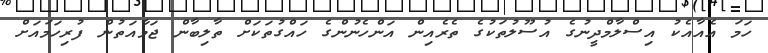
ހަމަ އެއާއެކު އިސްލާމްދީނުގެ އުސޫލުތަކުގެ ތެރެއިން އަންހެނުންގެ ހައްގުތަކަށް ތާލިބާން ޖަމާއަތުން ފުރިހަމައަށް